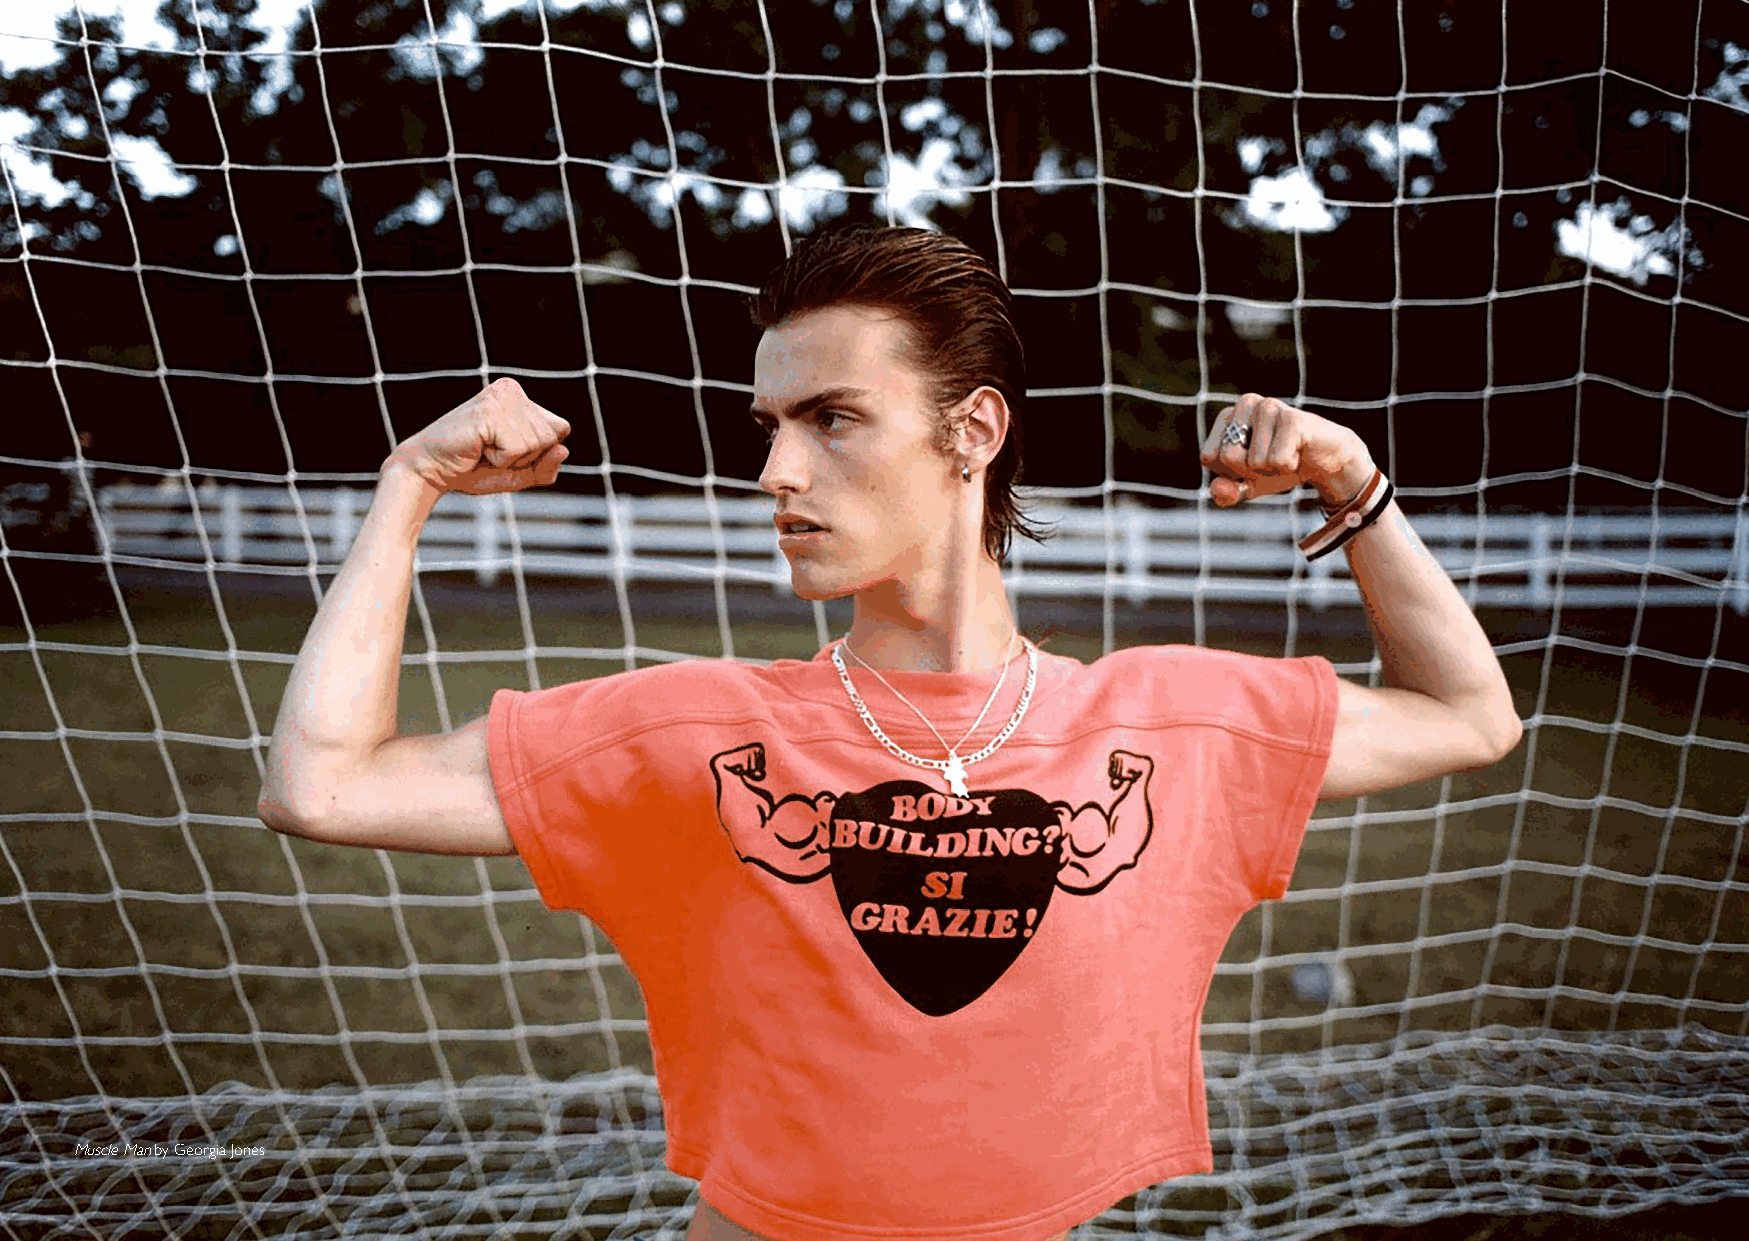
Muscle Man by Georgia Jones
 76                                                                                                         77